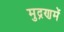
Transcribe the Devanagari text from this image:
मुद्रणमें